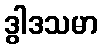
ဒွါဒသမာ